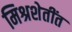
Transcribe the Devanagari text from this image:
मिश्रशेतींत